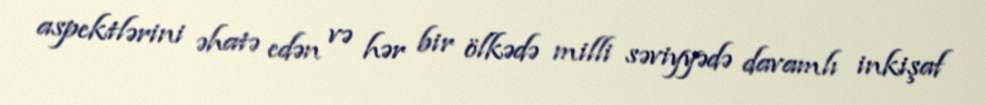
aspektlərini əhatə edən və hər bir ölkədə milli səviyyədə davamlı inkişaf